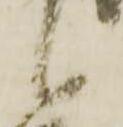
候